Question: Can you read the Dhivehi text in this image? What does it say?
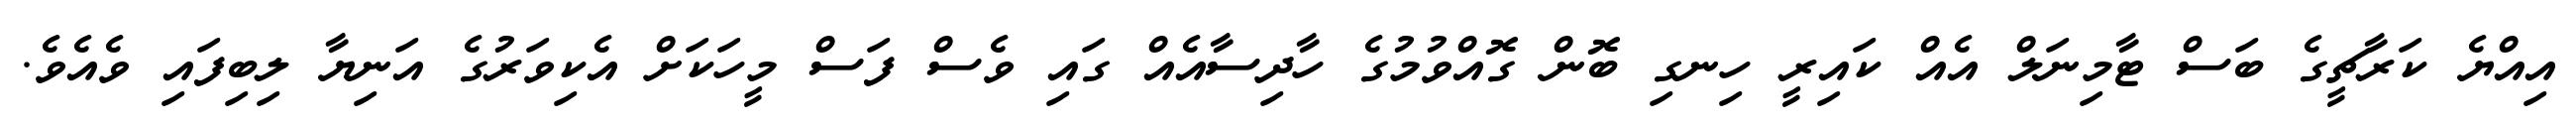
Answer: އިއްޔެ ކަރާޗީގެ ބަސް ޓާމިނަލް އެއް ކައިރީ ހިނގި ބޮން ގޮއްވުމުގެ ހާދިސާއެއް ގައި ވެސް ފަސް މީހަކަށް އެކިވަރުގެ އަނިޔާ ލިބިފައި ވެއެވެ.